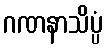
ဂဏနာသိပ္ပံ